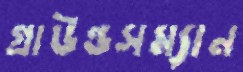
গ্রাউন্ডসম্যান